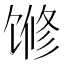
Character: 𱄅